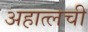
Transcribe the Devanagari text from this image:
अहात्लची